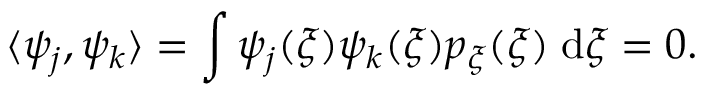
\langle \psi _ { j } , \psi _ { k } \rangle = \int \psi _ { j } ( \xi ) \psi _ { k } ( \xi ) p _ { \xi } ( \xi ) \; \mathrm { d } \xi = 0 .